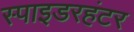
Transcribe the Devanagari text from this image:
स्पाइडरहंटर